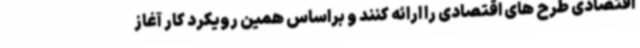
اقتصادی طرح های اقتصادی را ارائه کنند و براساس همین رویکرد کار آغاز